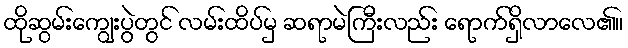
ထိုဆွမ်းကျွေးပွဲတွင် လမ်းထိပ်မှ ဆရာမဲကြီးလည်း ရောက်ရှိလာလေ၏။